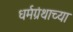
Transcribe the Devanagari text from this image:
धर्मग्रंथाच्या